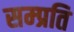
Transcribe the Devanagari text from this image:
सम्‍प्रति